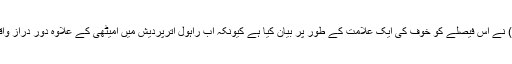
دوسری طرف بھارتیہ جنتا پارٹی (بی جے پی) نے اس فیصلے کو خوف کی ایک علامت کے طور پر بیان کیا ہے کیونکہ اب راہول اترپردیش میں امیٹھی کے علاوہ دور دراز واقع ریاست کیریلا سے بھی انتخاب لڑ رہے ہیں۔